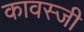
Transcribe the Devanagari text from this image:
कावस्जी